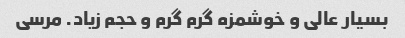
بسیار عالی و خوشمزه گرم گرم و حجم زیاد. مرسی